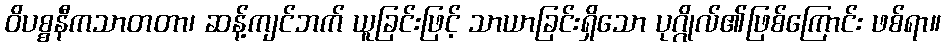
ဝိပစ္စနီကသာတတာ၊ ဆန့်ကျင်ဘက် ယူခြင်းဖြင့် သာယာခြင်းရှိသော ပုဂ္ဂိုလ်၏ဖြစ်ကြောင်း ဖစ်ရာ။